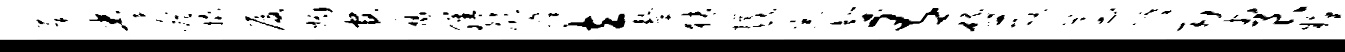
蓬拳澹橇厦媚官腐膳颜凛立鼙猜撰毓宗馨有砥莓遵摹用巾艮糗